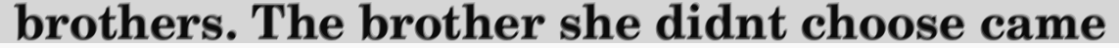
brothers. The brother she didnt choose came